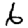
Digit: 6